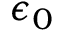
\epsilon _ { 0 }